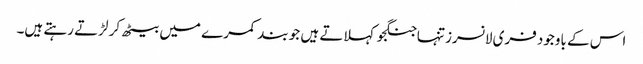
اس کے باوجود فری لانسرز تنہاجنگجو کہلاتے ہیں جو بند کمرے میں بیٹھ کر لڑتے رہتے ہیں۔